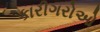
કારીગરોઓ